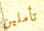
تأملين